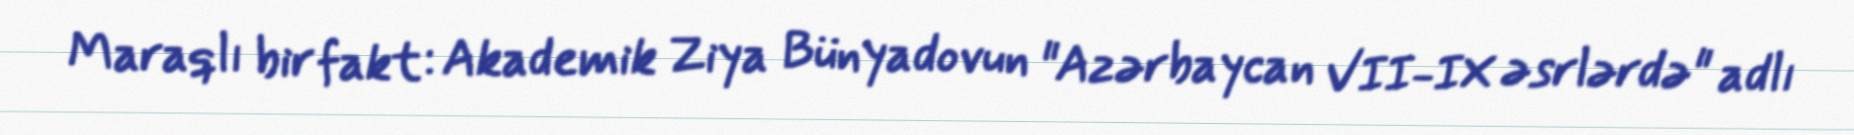
Maraqlı bir fakt: Akademik Ziya Bünyadovun "Azərbaycan VII-IX əsrlərdə" adlı